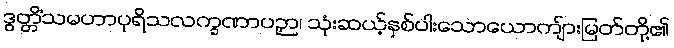
ဒွတ္တိံသမဟာပုရိသလက္ခဏာပဉှာ၊ သုံးဆယ့်နှစ်ပါးသောယောကျ်ားမြတ်တို့၏